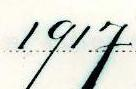
1917